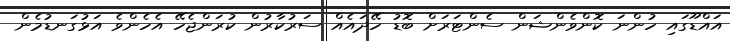
އައްޑޫގައި ހުންނަ ކޮންވެންޝަން ސެންޓަރަށް ބޮޑު ހޭދައެއް ސަރުކާރުން ކުރަންޖެހޭ އެހެންވެ އަޅުގަނޑުމެން